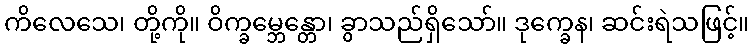
ကိလေသေ၊ တို့ကို။ ဝိက္ခမ္ဘေန္တော၊ ခွာသည်ရှိသော်။ ဒုက္ခေန၊ ဆင်းရဲသဖြင့်။